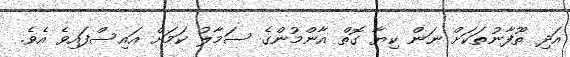
އަދި ތޫފާނުތަކަށް ނަން ކިޔާ ގޮތް އާންމުންގެ ސަމާލު ކަމަށް އައިސްފައިވެ އެވެ.